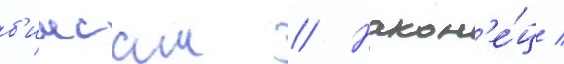
б'имсам // Након'е́ц /